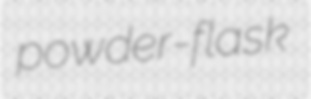
powder-flask